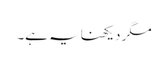
مگر دیکھنا یہ ہے۔